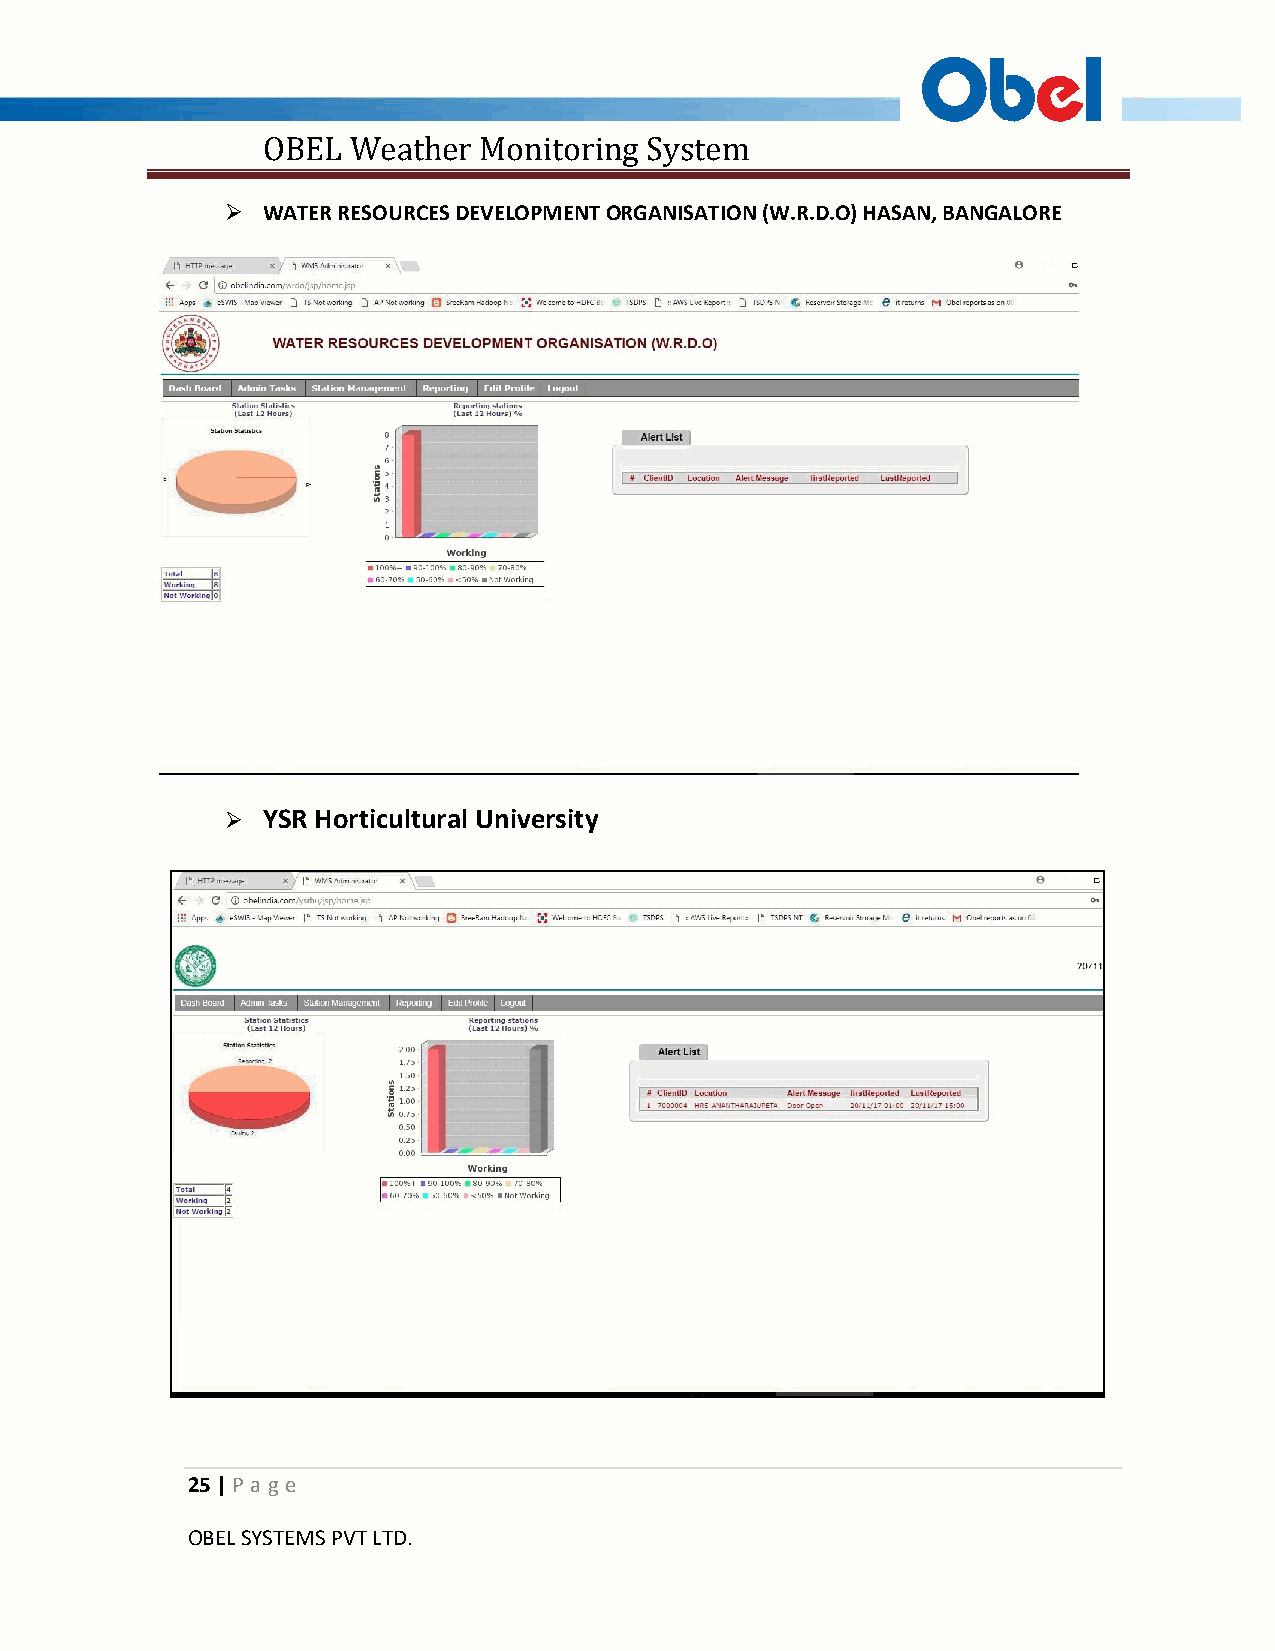
OBEL  Weather  Monitoring System
  WATER RESOURCES DEVELOPMENT ORGANISATION (W.R.D.O) HASAN, BANGALORE
  YSR Horticultural University
 25 | P a ge
 OBEL SYSTEMS PVT LTD.